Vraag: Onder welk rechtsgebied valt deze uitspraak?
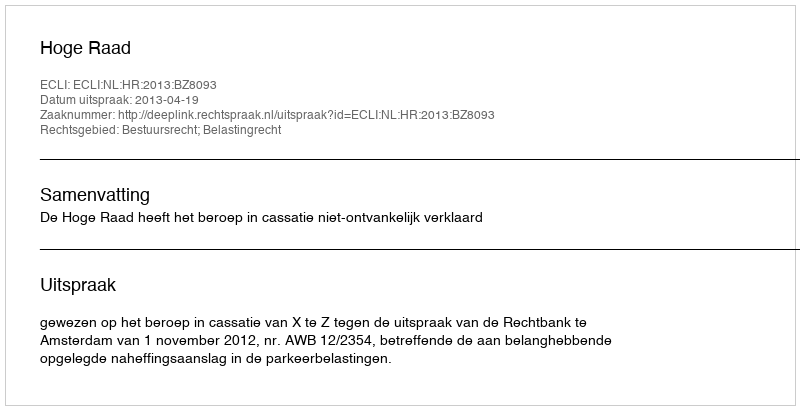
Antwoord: Bestuursrecht; Belastingrecht